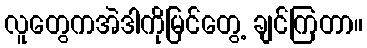
လူတွေကအဲဒါကိုမြင်တွေ့ ချင်ကြတာ။